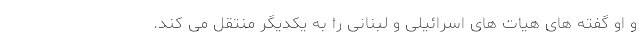
و او گفته های هیات های اسرائیلی و لبنانی را به یکدیگر منتقل می کند.